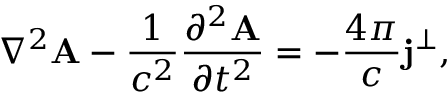
\nabla ^ { 2 } \mathbf { A } - \frac { 1 } { c ^ { 2 } } \frac { \partial ^ { 2 } \mathbf { A } } { \partial t ^ { 2 } } = - \frac { 4 \pi } { c } \mathbf { j } ^ { \perp } ,